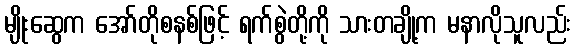
မျိုးဆွေက အော်တိုစနစ်ဖြင့် ရက်စွဲတို့ကို သားတချို့က မနာလိုသူလည်း